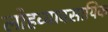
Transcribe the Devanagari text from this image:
लोहव्यावसायिक